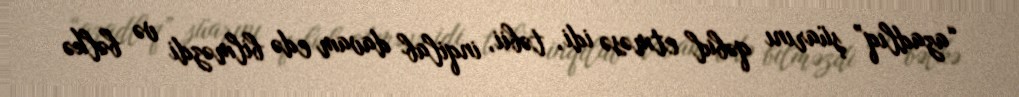
“azadlıq” şüarını qəbul etməsə idi, təbii, inqilab davam edə bilməzdi və bəlkə